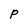
Character: P